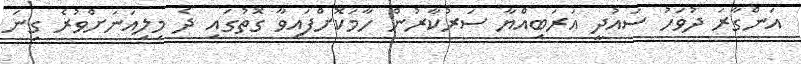
އަންގާރަ ދުވަހު ސައުދީ އަރަބިއްޔާ ސަރުކާރުން ހާމަކޮށްފައިވާ ގޮތުގައި ދެ މިލިއަނަށްވުރެ ގިނަ